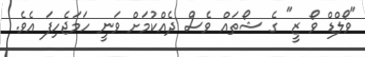
"ވޯލްޑް ވޯ ޒީ" ގެ ޝޯތައް ވެސް ދެއްކުމަށް ވަނީ ހަމަޖެހިފަ އެވެ.